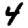
Digit: 4